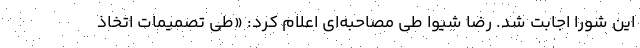
این شورا اجابت شد. رضا شیوا طی مصاحبه‌ای اعلام کرد: «طی تصمیمات اتخاذ